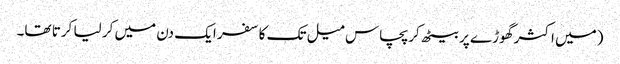
(میں اکثر گھوڑے پر بیٹھ کر پچاس میل تک کا سفر ایک دن میں کر لیا کرتا تھا۔